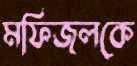
মফিজলকে